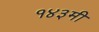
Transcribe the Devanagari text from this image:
१४३मी